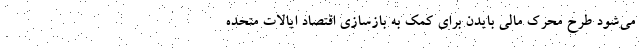
می‌شود طرح محرک مالی بایدن برای کمک به بازسازی اقتصاد ایالات متحده